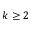
k \ge 2